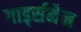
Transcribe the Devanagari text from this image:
गार्ड्समैन